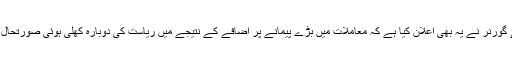
ایریزونا کے گورنر نے یہ بھی اعلان کیا ہے کہ معاملات میں بڑے پیمانے پر اضافے کے نتیجے میں ریاست کی دوبارہ کھلی ہوئی صورتحال موقوف ہے۔